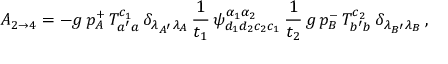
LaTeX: A _ { 2 \rightarrow 4 } = - g \, p _ { A } ^ { + } \, T _ { a ^ { \prime } a } ^ { c _ { 1 } } \, \delta _ { \lambda _ { A ^ { \prime } } \lambda _ { A } } \, \frac 1 { t _ { 1 } } \, \psi _ { d _ { 1 } d _ { 2 } c _ { 2 } c _ { 1 } } ^ { \alpha _ { 1 } \alpha _ { 2 } } \, \frac 1 { t _ { 2 } } \, g \, p _ { B } ^ { - } \, T _ { b ^ { \prime } b } ^ { c _ { 2 } } \, \delta _ { \lambda _ { B ^ { \prime } } \lambda _ { B } } \, ,